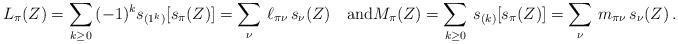
LaTeX: \begin{align*} L_\pi(Z)= \sum_{k\ge 0}\, (-1)^k s_{(1^k)}[s_\pi(Z)] = \sum_\nu\, \ell_{\pi\nu}\, s_\nu(Z)\quad\mbox{and} M_\pi(Z)= \sum_{k\ge 0}\, s_{(k)}[s_\pi(Z)] = \sum_\nu\, m_{\pi\nu}\, s_\nu(Z)\,.\end{align*}